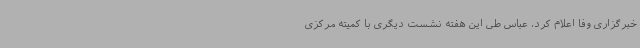
خبرگزاری وفا اعلام کرد، عباس طی این هفته نشست دیگری با کمیته مرکزی